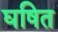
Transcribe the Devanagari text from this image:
घषित